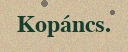
Kopáncs.